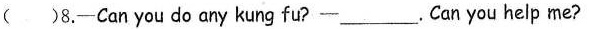
()8.——Can you do any kung fu?——___.Can you help me?